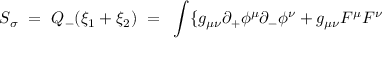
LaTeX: S _ { \sigma } ~ = ~ Q _ { - } ( \xi _ { 1 } + \xi _ { 2 } ) ~ = ~ \int \{ g _ { \mu \nu } \partial _ { + } \phi ^ { \mu } \partial _ { - } \phi ^ { \nu } + g _ { \mu \nu } F ^ { \mu } F ^ { \nu }